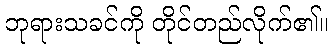
ဘုရားသခင်ကို တိုင်တည်လိုက်၏။